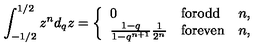
\int _ { - 1 / 2 } ^ { 1 / 2 } z ^ { n } d _ { q } z = \left\{ \begin{array} { l l l } { 0 } & { \mathrm { f o r o d d } } & { n , } \\ { \frac { 1 - q } { 1 - q ^ { n + 1 } } \frac { 1 } { 2 ^ { n } } } & { \mathrm { f o r e v e n } } & { n , } \\ \end{array} \right.